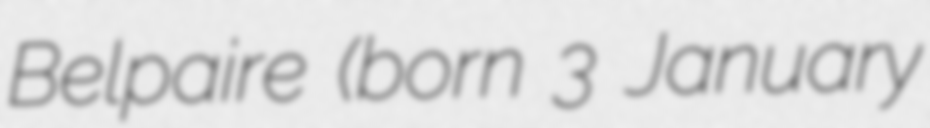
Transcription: Belpaire (born 3 January